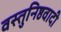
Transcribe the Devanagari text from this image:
वस्तुनिष्ठवादी